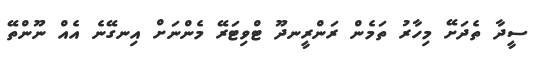
ސީދާ ތެދަށޭ މިހާރު ތަމެން ރަންރީނދޫ ޓްވިޓަރޭ މެންނަށް އިނގޭނެ އެއް ނޫންތޭ